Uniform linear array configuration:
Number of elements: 64
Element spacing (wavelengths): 0.75
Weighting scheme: exponential
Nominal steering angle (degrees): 30
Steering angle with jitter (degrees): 31.428
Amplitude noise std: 0.05
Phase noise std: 0.05

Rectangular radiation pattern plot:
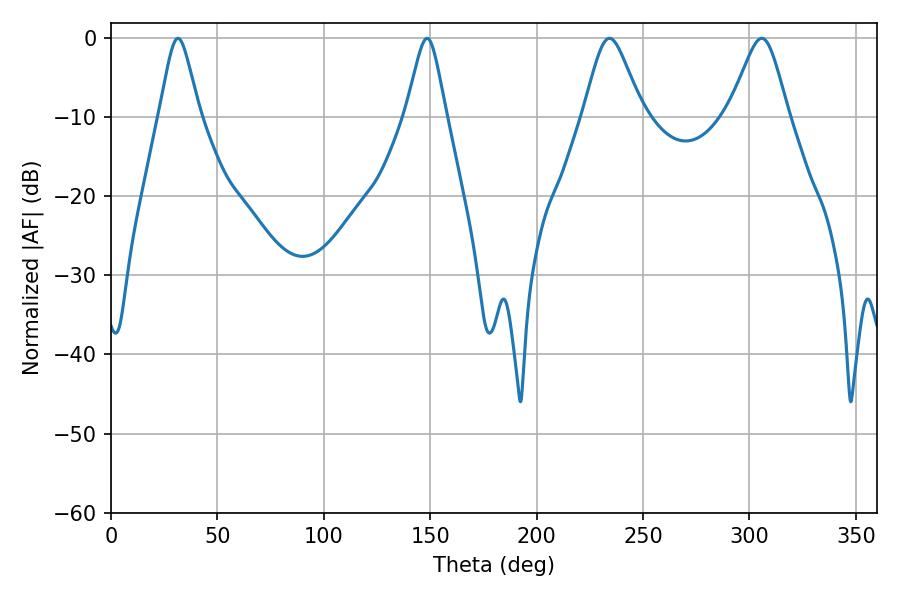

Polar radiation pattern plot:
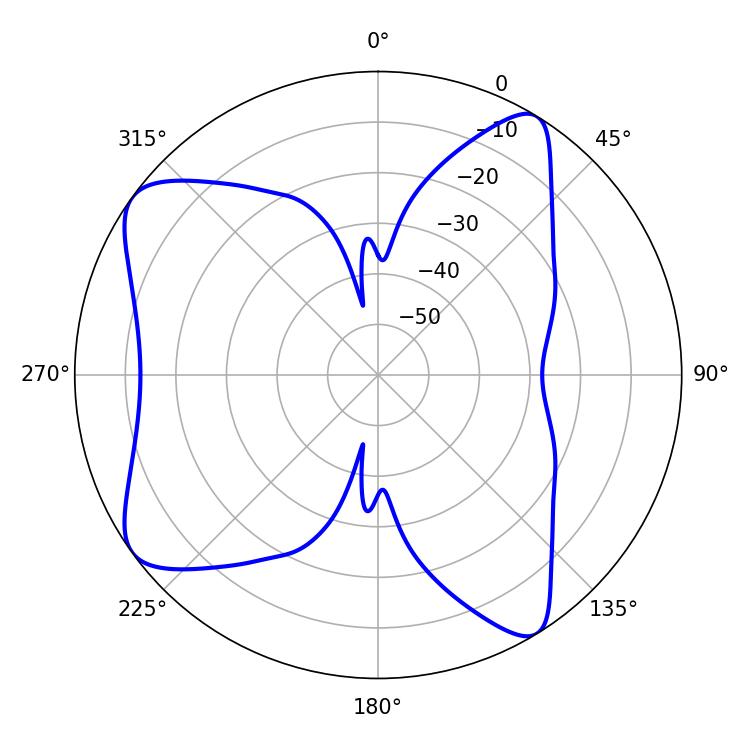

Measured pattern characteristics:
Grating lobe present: TRUE
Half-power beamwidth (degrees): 13.32
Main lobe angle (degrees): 234.18